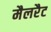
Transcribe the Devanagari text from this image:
मैलरैट